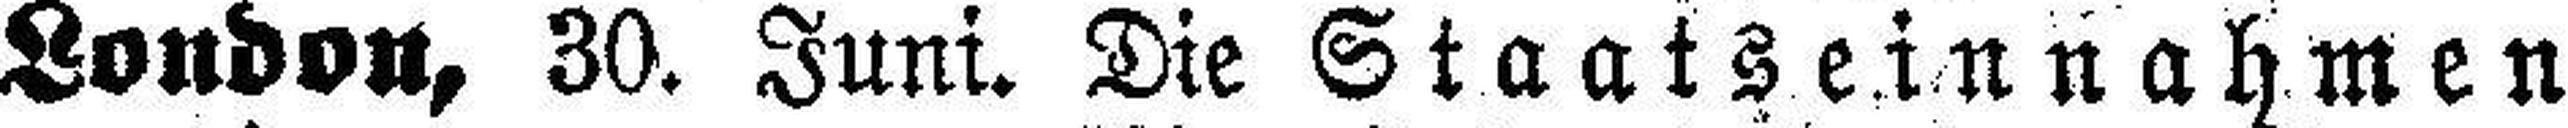
London, 30. Juni. Die Staatseinnahmen